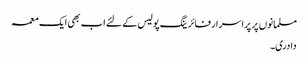
مسلمانوں پر پراسرار فائرینگ پولیس کے لئے اب بھی ایک معمہ
دادری۔